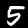
Digit: 5